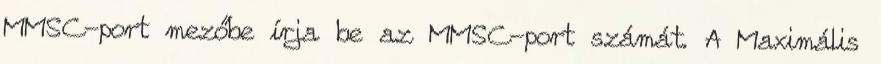
MMSC-port mezőbe írja be az MMSC-port számát. A Maximális